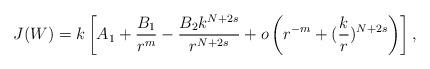
LaTeX: \begin{align*}J(W)=k \left[A_1 + \frac{B_1}{r^m}-\frac{B_2k^{N+2s}}{r^{N+2s}} + o\left( r^{-m} + (\frac{k}{r})^{N+2s} \right)\right],\end{align*}